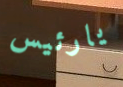
يارئيس